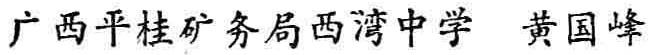
广西平桂矿务局西湾中学 黄国峰